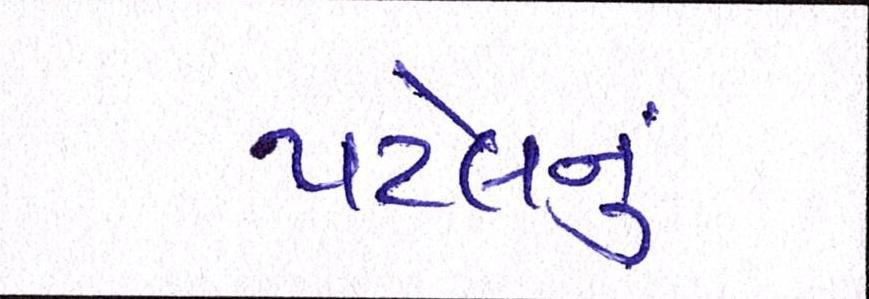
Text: પટેલનું